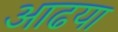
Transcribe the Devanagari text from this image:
आढया